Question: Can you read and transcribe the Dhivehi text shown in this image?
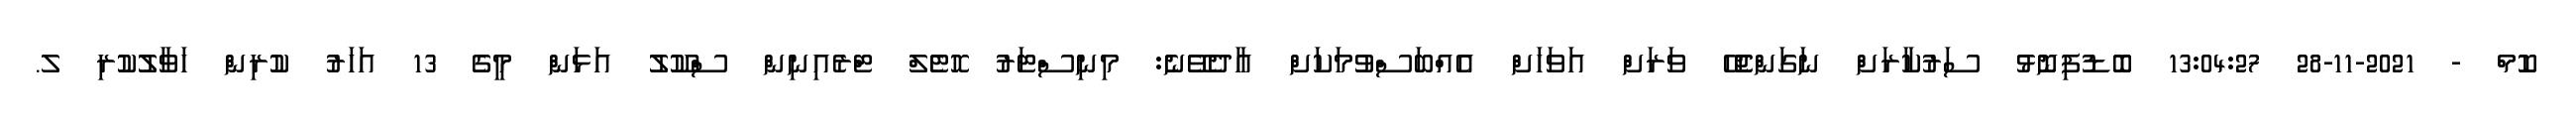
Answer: ކޮމް - 2021-11-28 13:04:27 ބޮޑުފިނޮޅު ސަރުކާރަށް ނަގަންޖެހޭ ވަރަށް އަވަހަށް އެއްބަސްވުމަކަށް އާދެވޭނެ: މިނިސްޓަރު ހޮޓެލް ޓްރެއިނިން ސްކޫލު އަޅަން މީގެ 13 އަހަރު ކުރިން ހަވާލުކުރި ލ.